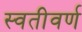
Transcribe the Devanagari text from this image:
स्वतीवर्ण